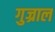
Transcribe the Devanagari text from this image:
गुज्राल